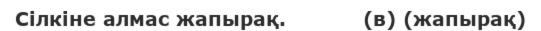
Сілкіне алмас жапырақ.           (в) (жапырақ)